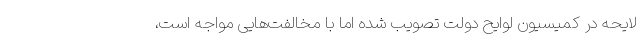
لایحه در کمیسیون لوایح دولت تصویب شده اما با مخالفت‌هایی مواجه است،